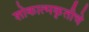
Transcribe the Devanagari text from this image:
शोकात्मकृतीचे